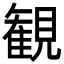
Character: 観